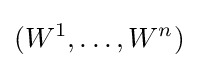
(W^{1},\dots ,W^{n})